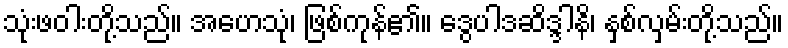
သုံးဖဝါးတို့သည်။ အဟေသုံ၊ ဖြစ်ကုန်၏။ ဒွေပါဒဆိဒ္ဒါနိ၊ နှစ်လှမ်းတို့သည်။